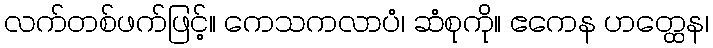
လက်တစ်ဖက်ဖြင့်။ ကေသကလာပံ၊ ဆံစုကို။ ဧကေန ဟတ္ထေန၊